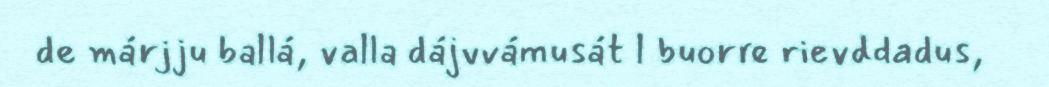
de márjju ballá, valla dájvvámusát l buorre rievddadus,